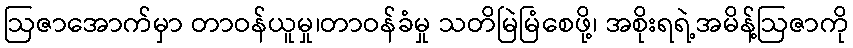
ဩဇာအောက်မှာ တာဝန်ယူမှု၊တာဝန်ခံမှု သတိမြဲမြံစေဖို့၊ အစိုးရရဲ့အမိန့်ဩဇာကို